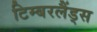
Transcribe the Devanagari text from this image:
टिम्बरलैंड्स